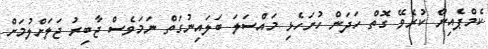
ކެމްޕެއިން ކުރެވޭ ގޮތް ހަދަން ހުށަހެޅި މައްސަލަ ބަލައިނުގަތް ނަމަވެސް ޖާބިރު ޖަލަށްލުމަށް